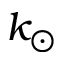
k _ { \odot }